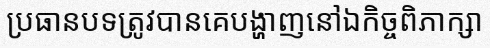
ប្រធានបទត្រូវបានគេបង្ហាញនៅឯកិច្ចពិភាក្សា